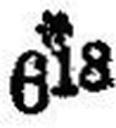
*618